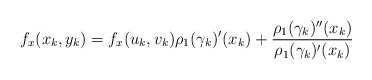
\begin{align*} f_x(x_k,y_k)=f_x(u_k,v_k)\rho_1(\gamma_k)'(x_k) + \frac{\rho_1(\gamma_k)''(x_k)}{\rho_1(\gamma_k)'(x_k)} \end{align*}